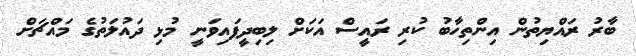
ބާރު ރައްޔިތުން އިންތިހާބު ކުރި ރައީސް އަކަށް ލިބިދީފައިވަނީ މުޅި ދައުލަތުގެ މައްޗަށް